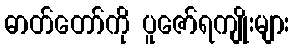
ဓာတ်တော်ကို ပူဇော်ရကျိုးများ